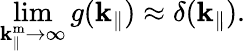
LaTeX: \operatorname*{lim}_{\mathbf{k}_{\parallel}^{\mathrm{{m}}}\to\infty}g(\mathbf{k}_{\parallel})\approx\delta(\mathbf{k}_{\parallel}).